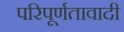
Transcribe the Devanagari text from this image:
परिपूर्णतावादी